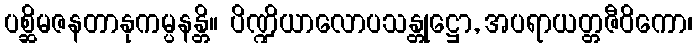
ပစ္ဆိမဇနတာနုကမ္ပနန္တိ။ ပိဏ္ဍိယာလောပသန္တုဋ္ဌော, အပရာယတ္တဇီဝိကော၊